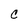
Character: C